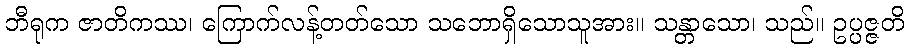
ဘီရုက ဇာတိကဿ၊ ကြောက်လန့်တတ်သော သဘောရှိသောသူအား။ သန္တာသော၊ သည်။ ဥပ္ပဇ္ဇတိ